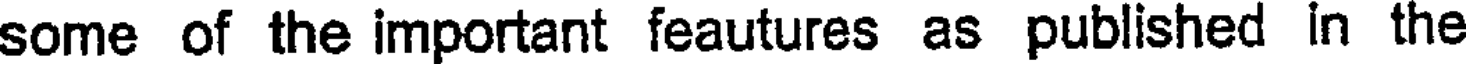
some of the important feautures as published in the